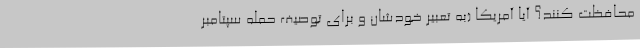
محافظت کنند؟ آیا آمریکا (به تعبیر خودشان و برای توصیف حمله سپتامبر